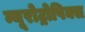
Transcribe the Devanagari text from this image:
न्यूरोट्रोपिक्स